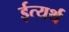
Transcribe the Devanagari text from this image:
ईत्यर्थ